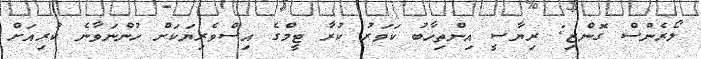
ލޯރެންސް ގޮންޒި: ރިޔާސީ އިންތިހާބު ކަވަރު ކުރާ ޓީމްގެ އިސްވެރިޔަކަށް ހުންނަވާނެ ކުރިއަށް